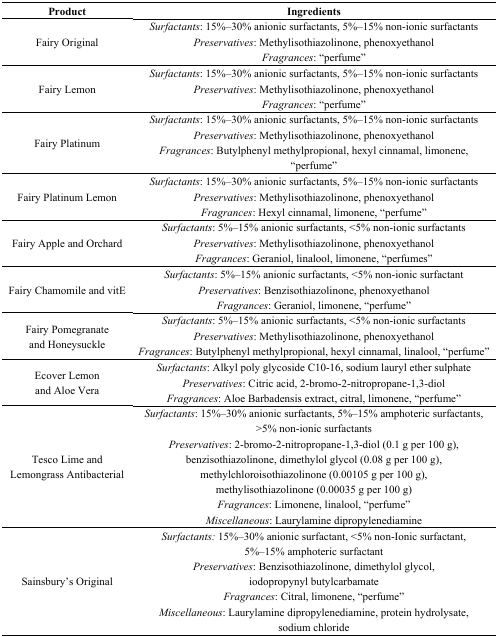
<table><thead><tr><td><b>Product</b></td><td><b>Ingredients</b></td></tr></thead><tbody><tr><td rowspan="3">Fairy Original</td><td><i>Surfactants</i>: 15%–30% anionic surfactants, 5%–15% non-ionic surfactants</td></tr><tr><td><i>Preservatives</i>: Methylisothiazolinone, phenoxyethanol</td></tr><tr><td><i>Fragrances</i>: “perfume”</td></tr><tr><td rowspan="3">Fairy Lemon</td><td><i>Surfactants</i>: 15%–30% anionic surfactants, 5%–15% non-ionic surfactants</td></tr><tr><td><i>Preservatives</i>: Methylisothiazolinone, phenoxyethanol</td></tr><tr><td><i>Fragrances</i>: “perfume”</td></tr><tr><td rowspan="3">Fairy Platinum</td><td><i>Surfactants</i>: 15%–30% anionic surfactants, 5%–15% non-ionic surfactants</td></tr><tr><td><i>Preservatives</i>: Methylisothiazolinone, phenoxyethanol</td></tr><tr><td><i>Fragrances</i>: Butylphenyl methylpropional, hexyl cinnamal, limonene, “perfume”</td></tr><tr><td rowspan="3">Fairy Platinum Lemon</td><td><i>Surfactants</i>: 15%–30% anionic surfactants, 5%–15% non-ionic surfactants</td></tr><tr><td><i>Preservatives</i>: Methylisothiazolinone, phenoxyethanol</td></tr><tr><td><i>Fragrances</i>: Hexyl cinnamal, limonene, “perfume”</td></tr><tr><td rowspan="3">Fairy Apple and Orchard</td><td><i>Surfactants</i>: 5%–15% anionic surfactants, &lt;5% non-ionic surfactants</td></tr><tr><td><i>Preservatives</i>: Methylisothiazolinone, phenoxyethanol</td></tr><tr><td><i>Fragrances</i>: Geraniol, linalool, limonene, “perfumes”</td></tr><tr><td rowspan="3">Fairy Chamomile and vitE</td><td><i>Surfactants</i>: 5%–15% anionic surfactants, &lt;5% non-ionic surfactant</td></tr><tr><td><i>Preservatives</i>: Benzisothiazolinone, phenoxyethanol</td></tr><tr><td><i>Fragrances</i>: Geraniol, limonene, “perfume”</td></tr><tr><td rowspan="3">Fairy Pomegranate and Honeysuckle</td><td><i>Surfactants</i>: 5%–15% anionic surfactants, &lt;5% non-ionic surfactants</td></tr><tr><td><i>Preservatives</i>: Methylisothiazolinone, phenoxyethanol</td></tr><tr><td><i>Fragrances</i>: Butylphenyl methylpropional, hexyl cinnamal, linalool, “perfume”</td></tr><tr><td rowspan="3">Ecover Lemon and Aloe Vera</td><td><i>Surfactants</i>: Alkyl poly glycoside C10-16, sodium lauryl ether sulphate</td></tr><tr><td><i>Preservatives</i>: Citric acid, 2-bromo-2-nitropropane-1,3-diol</td></tr><tr><td><i>Fragrances</i>: Aloe Barbadensis extract, citral, limonene, “perfume”</td></tr><tr><td rowspan="4">Tesco Lime and Lemongrass Antibacterial</td><td><i>Surfactants</i>: 15%–30% anionic surfactants, 5%–15% amphoteric surfactants, &gt;5% non-ionic surfactants</td></tr><tr><td><i>Preservatives</i>: 2-bromo-2-nitropropane-1,3-diol (0.1 g per 100 g), benzisothiazolinone, dimethylol glycol (0.08 g per 100 g), methylchloroisothiazolinone (0.00105 g per 100 g), methylisothiazolinone (0.00035 g per 100 g)</td></tr><tr><td><i>Fragrances</i>: Limonene, linalool, “perfume”</td></tr><tr><td><i>Miscellaneous</i>: Laurylamine dipropylenediamine</td></tr><tr><td rowspan="4">Sainsbury’s Original</td><td><i>Surfactants:</i> 15%–30% anionic surfactant, &lt;5% non-Ionic surfactant, 5%–15% amphoteric surfactant</td></tr><tr><td><i>Preservatives</i>: Benzisothiazolinone, dimethylol glycol, iodopropynyl butylcarbamate</td></tr><tr><td><i>Fragrances</i>: Citral, limonene, “perfume”</td></tr><tr><td><i>Miscellaneous</i>: Laurylamine dipropylenediamine, protein hydrolysate, sodium chloride</td></tr></tbody></table>